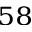
^ { 5 8 }